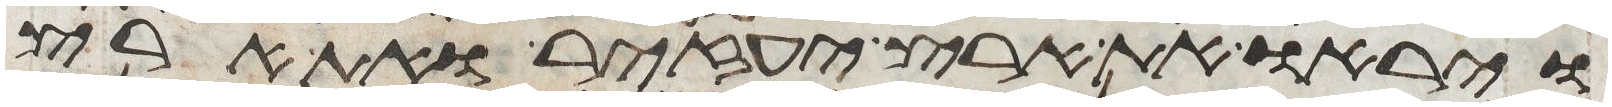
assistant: ויראו את ארץ יעזיר ואת ארץ